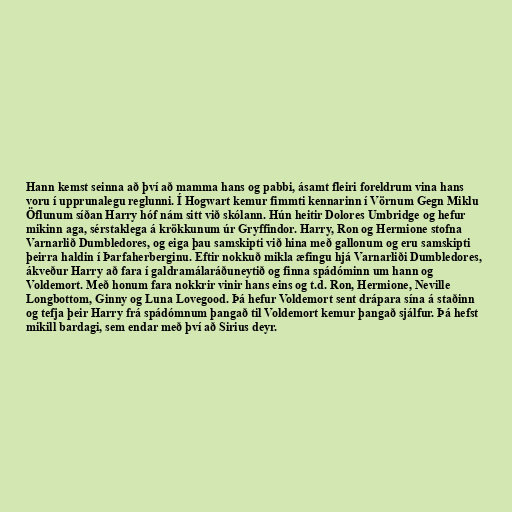
Hann kemst seinna að því að mamma hans og pabbi, ásamt fleiri foreldrum vina hans
voru í upprunalegu reglunni. Í Hogwart kemur fimmti kennarinn í Vörnum Gegn Miklu
Öflunum síðan Harry hóf nám sitt við skólann. Hún heitir Dolores Umbridge og hefur
mikinn aga, sérstaklega á krökkunum úr Gryffindor. Harry, Ron og Hermione stofna
Varnarlið Dumbledores, og eiga þau samskipti við hina með gallonum og eru samskipti
þeirra haldin í Þarfaherberginu. Eftir nokkuð mikla æfingu hjá Varnarliði Dumbledores,
ákveður Harry að fara í galdramálaráðuneytið og finna spádóminn um hann og
Voldemort. Með honum fara nokkrir vinir hans eins og t.d. Ron, Hermione, Neville
Longbottom, Ginny og Luna Lovegood. Þá hefur Voldemort sent drápara sína á staðinn
og tefja þeir Harry frá spádómnum þangað til Voldemort kemur þangað sjálfur. Þá hefst
mikill bardagi, sem endar með því að Sirius deyr.